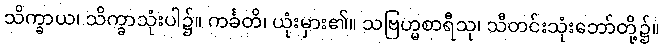
သိက္ခာယ၊ သိက္ခာသုံးပါ၌။ ကင်္ခတိ၊ ယုံးမှား၏။ သဗြဟ္မစာရီသု၊ သီတင်းသုံးဘော်တို့၌။